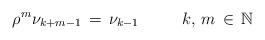
LaTeX: \begin{align*}\rho^m \nu_{k+m-1}\, =\, \nu_{k-1} \ \ \ \ \ \ \ \ k,\,m\,\in\,\mathbb{N}\end{align*}